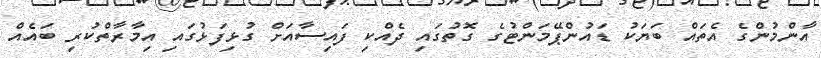
އާންމުންގެ އެތައް ބަޔަކު ޑައުންޕޭމަންޓުގެ ގޮތުގައި ދެއްކި ފައިސާއަށް ގުޅިފަޅުގައި އިމާރާތްކުރި ބައެއް